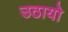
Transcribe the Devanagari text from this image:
उठायो